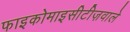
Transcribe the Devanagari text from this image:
फाइकोमाइसीटीज़वाले